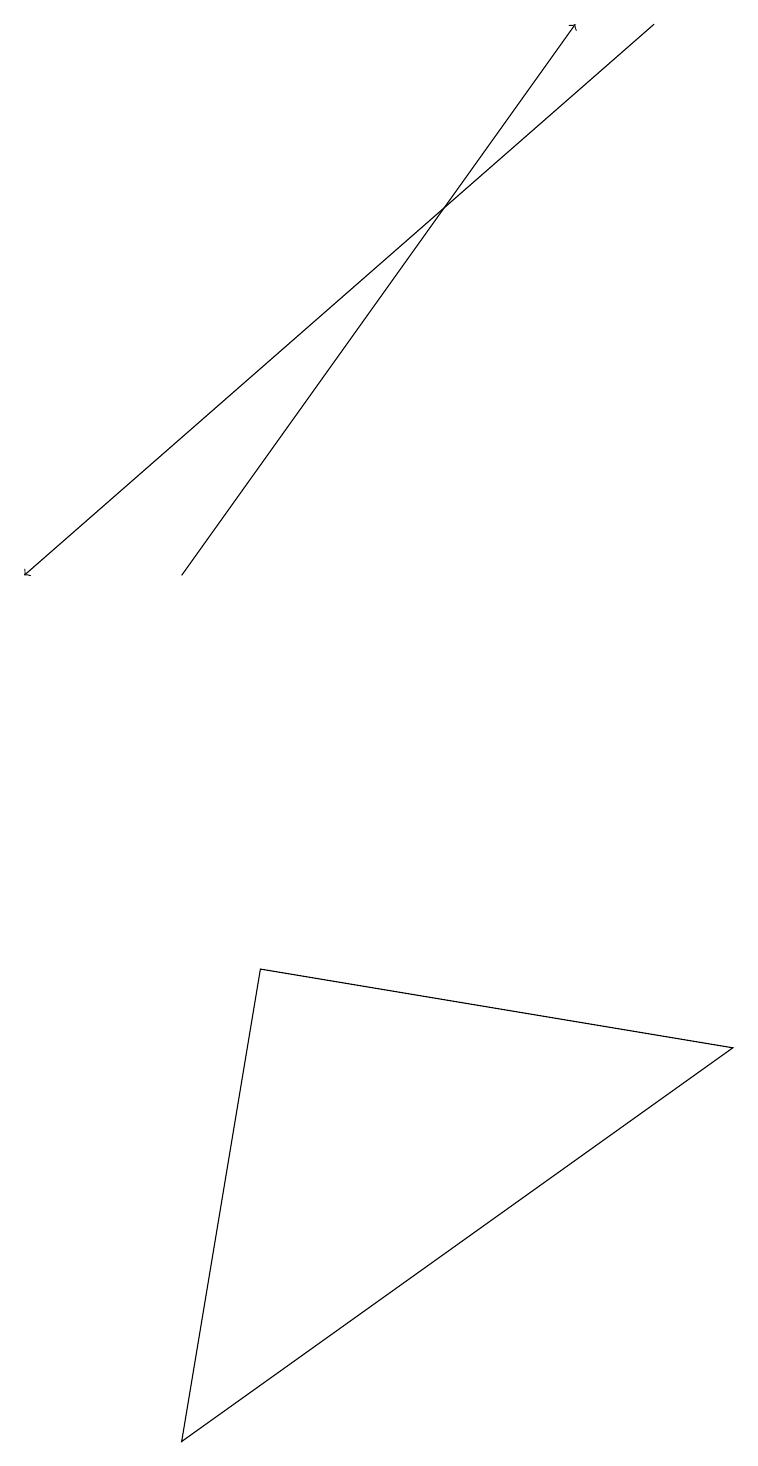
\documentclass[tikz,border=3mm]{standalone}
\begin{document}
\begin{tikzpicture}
\draw[->] (8,18) -- (0,11);
\draw[->] (2,11) -- (7,18);
\draw (9,5) -- (2,0) -- (3,6) -- cycle;
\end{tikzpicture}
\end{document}